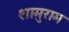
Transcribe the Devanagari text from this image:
शामुराम